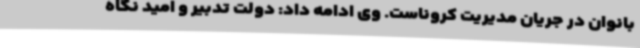
بانوان در جریان مدیریت کروناست. وی ادامه داد: دولت تدبیر و امید نگاه